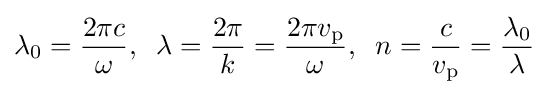
\lambda _{0}={\frac {2\pi c}{\omega }},\;\;\lambda ={\frac {2\pi }{k}}={\frac {2\pi v_{\rm {p}}}{\omega }},\;\;n={\frac {c}{v_{\rm {p}}}}={\frac {\lambda _{0}}{\lambda }}